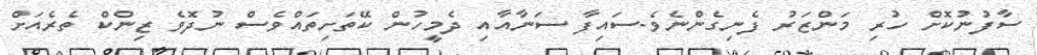
ސާފުނުކޮށް ހުރި މަންޒަރު ފެނިގެންނެވެ.ސައިފާ ސަނާއާއި ދެމީހުން ކޭތަށިތައްވެސް ނުދޮވެ ޒިންކް ތެރެއަށް